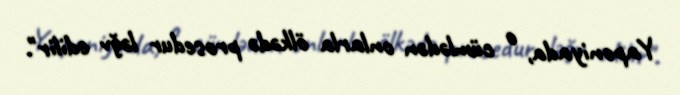
Yaponiyada, o cümlədən onlarla ölkədə prosedur ləğv edilir".